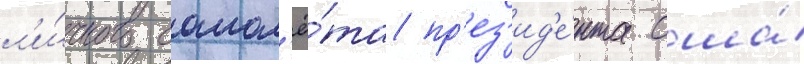
л'и́чного самол'ё́та пр'ез'ид'е́нта сша́